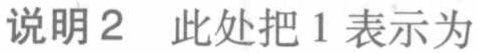
说明2 此处把1表示为